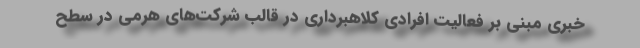
خبری مبنی بر فعالیت افرادی کلاهبرداری در قالب شرکت‌های هرمی در سطح